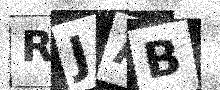
Text: RJAB